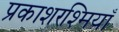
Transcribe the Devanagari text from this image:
प्रकाशरश्मियाँ